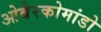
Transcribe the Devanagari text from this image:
ओबेरकोमांडो